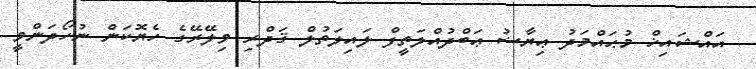
އައްޝައިޚް މުޙައްމަދު ޢިޔާޟު ޢަބްދުއްލަތީފް ލައިލަތުލް ޤަދްރި ވިލޭރޭގެ ހެޔޮކަން ނުހޯދަންވީ